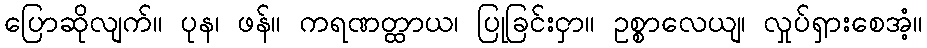
ပြောဆိုလျက်။ ပုန၊ ဖန်။ ကရဏတ္ထာယ၊ ပြုခြင်းငှာ။ ဥစ္စာလေယျ၊ လှုပ်ရှားစေအံ့။